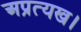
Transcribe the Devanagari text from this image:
अप्रत्यख।